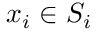
x _ { i } \in S _ { i }